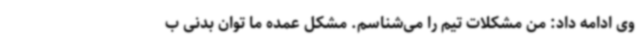
وی ادامه داد: من مشکلات تیم را می‌شناسم. مشکل عمده ما توان بدنی ب